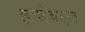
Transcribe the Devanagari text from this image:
इच्छेबद्दल